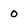
Character: 0